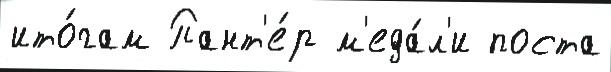
ито́гам Пант'е́р м'еда́л'и поста